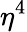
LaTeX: \eta^{4}